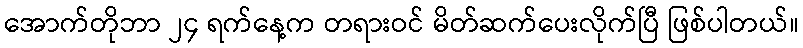
အောက်တိုဘာ ၂၄ ရက်နေ့က တရားဝင် မိတ်ဆက်ပေးလိုက်ပြီ ဖြစ်ပါတယ်။